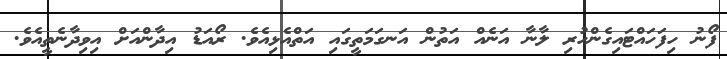
ފޯނު ހިފަހައްޓައިގެންހުރި ލާނާ އަނެއް އަތުން އަނގަމަތީގައި އަތްއެޅިއެވެ. ރޯއަޑު އިދާންއަށް އިވިދާނެތީއެވެ.